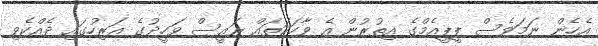
އެހެން ނަމަވެސް ޕީޕީއެމްގެ އިތުރުން އެ ވާހަކަތައް ރައީސް ވަހީދުގެ އަރިހުގައި ދެއްކެވި